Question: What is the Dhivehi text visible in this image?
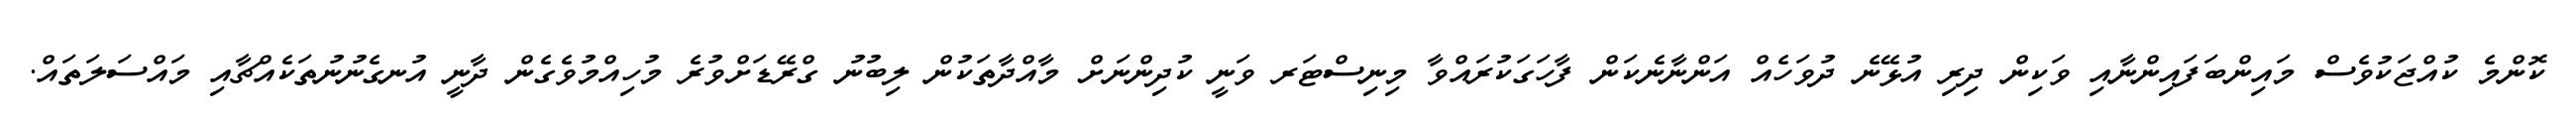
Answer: ކޮންމެ ކުއްޖަކުވެސް މައިންބަފައިންނާއި ވަކިން ދިރި އުޅޭނެ ދުވަހެއް އަންނާނެކަން ފާހަގަކުރައްވާ މިނިސްޓަރ ވަނީ ކުދިންނަށް މާއްދާތަކުން ލިބުނު ގްރޭޑަށްވުރެ މުހިއްމުވެގެން ދާނީ އުނގެނުނުތަކެއްޗާއި މައްސަލަތައް.